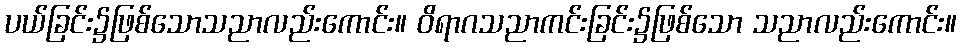
ပယ်ခြင်း၌ဖြစ်သောသညာလည်းကောင်း။ ဝိရာဂသညာကင်းခြင်း၌ဖြစ်သော သညာလည်းကောင်း။